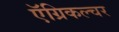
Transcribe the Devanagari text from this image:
ऍग्रिकल्चर